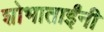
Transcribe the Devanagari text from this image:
शोभाताईंनी